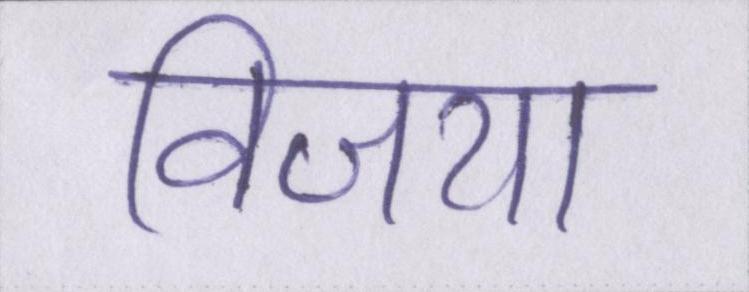
विजया